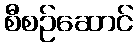
စီစဉ်ဆောင်